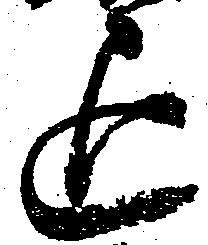
退